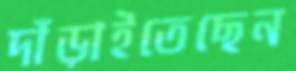
দাঁড়াইতেছেন